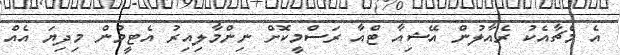
އެ މެޗާއެކު ރެއާލުން އޭޝިއާ ޓްއާ ރަސްމީކޮށް ނިންމާލިއިރު އެޓީމުން މިދިޔަ އެއް